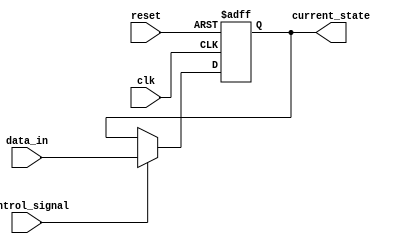
module hold_condition (
    input wire clk,            // Clock signal
    input wire reset,          // Asynchronous reset signal
    input wire control_signal,  // Control signal to hold or update state
    input wire [7:0] data_in,   // New value to assign to the current state
    output reg [7:0] current_state // Current state output
);

// Initial state
initial begin
    current_state = 8'b0; // Initialize to zero or a specific startup condition
end

// Always block triggered on the rising edge of the clock
always @(posedge clk or posedge reset) begin
    if (reset) begin
        current_state <= 8'b0; // Reset state to zero
    end else if (control_signal) begin
        current_state <= data_in; // Update state with data input
    end
    // else: Hold condition, current_state remains unchanged
end

endmodule